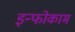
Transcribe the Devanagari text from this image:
इन्फोकाम